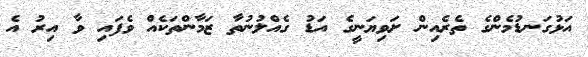
އަޅުގަނޑުމެންގެ ތެރެއިން ށަވިޔަނީގެ އަޑު ގެއްލުނުތާ ޒަމާންތަކެއް ވެފައި ވާ އިރު އެ